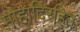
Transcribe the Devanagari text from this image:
मोहादिरहितः